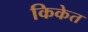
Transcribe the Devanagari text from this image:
किकेत